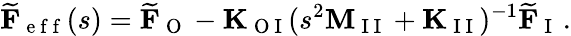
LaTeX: \widetilde{\mathbf{F}}_{\mathrm{~e~f~f~}}(s)=\widetilde{\mathbf{F}}_{\mathrm{~O~}}-\mathbf{K}_{\mathrm{~O~I~}}(s^{2}\mathbf{M}_{\mathrm{~I~I~}}+\mathbf{K}_{\mathrm{~I~I~}})^{-1}\widetilde{\mathbf{F}}_{\mathrm{~I~}}\, .